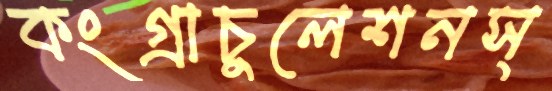
কংগ্রাচুলেশনস্